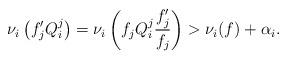
LaTeX: \begin{align*}\nu_i\left(f'_jQ_i^j\right)=\nu_i\left(f_jQ_i^j\frac{f'_j}{f_j}\right)>\nu_i(f)+\alpha_i.\end{align*}